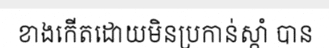
ខាងកើតដោយមិនប្រកាន់ស្កាំ បាន